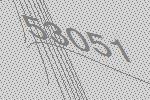
53051